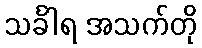
သင်္ခါရ အသက်တို